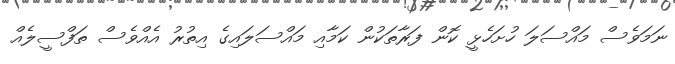
ނަމަވެސް މައްސަލަ ހުށަހެޅީ ކޮން ފަރާތަކުން ކަމާއި މައްސަލައިގެ އިތުރު އެއްވެސް ތަފްސީލެއް